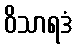
ဝိသာရဒံ